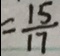
= \frac { 1 5 } { 1 7 }